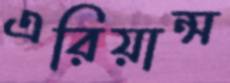
এরিয়ান্স